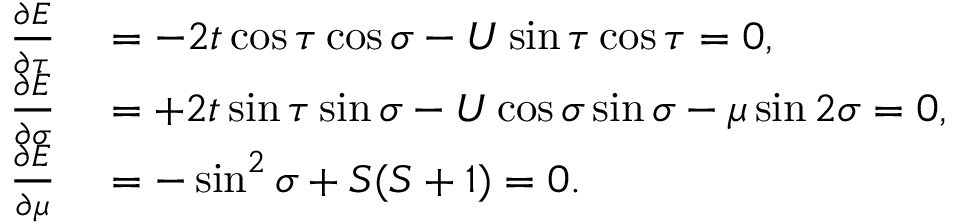
\begin{array} { r l } { \frac { \partial E } { \partial \tau } } & { { } = - 2 t \cos \tau \cos \sigma - U \sin \tau \cos \tau = 0 , } \\ { \frac { \partial E } { \partial \sigma } } & { { } = + 2 t \sin \tau \sin \sigma - U \cos \sigma \sin \sigma - \mu \sin 2 \sigma = 0 , } \\ { \frac { \partial E } { \partial \mu } } & { { } = - \sin ^ { 2 } \sigma + S ( S + 1 ) = 0 . } \end{array}